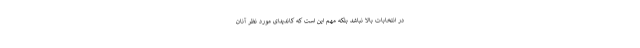
در انتخابات بالا نباشد بلکه مهم این است که کاندیدای مورد نظر آنان